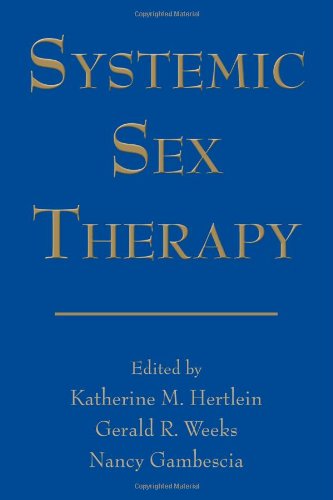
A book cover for Systemic Sex Therapy; Katherine M. Hertlein; Politics & Social Sciences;